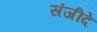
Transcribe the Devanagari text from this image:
संजीदे